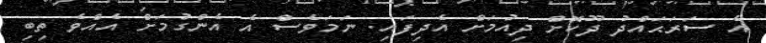
އެ ސަރަޙައްދު ދޫކޮށް ދިއުމަށް އެދިފައި. ނަމަވެސް އެ އެންގުމަށް އެއްވެ ތިބި